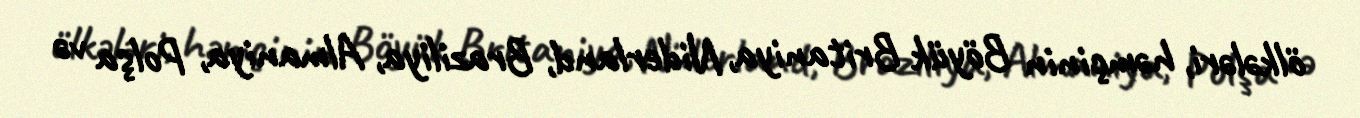
ölkələri, həmçinin Böyük Britaniya, Niderland, Braziliya, Almaniya, Polşa və